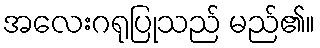
အလေးဂရုပြုသည် မည်၏။